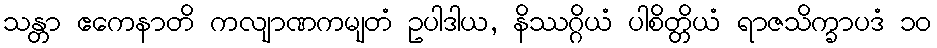
သန္တာ ဧကေနာတိ ကလျာဏကမျတံ ဥပါဒါယ, နိဿဂ္ဂိယံ ပါစိတ္တိယံ ရာဇသိက္ခာပဒံ ၁၀